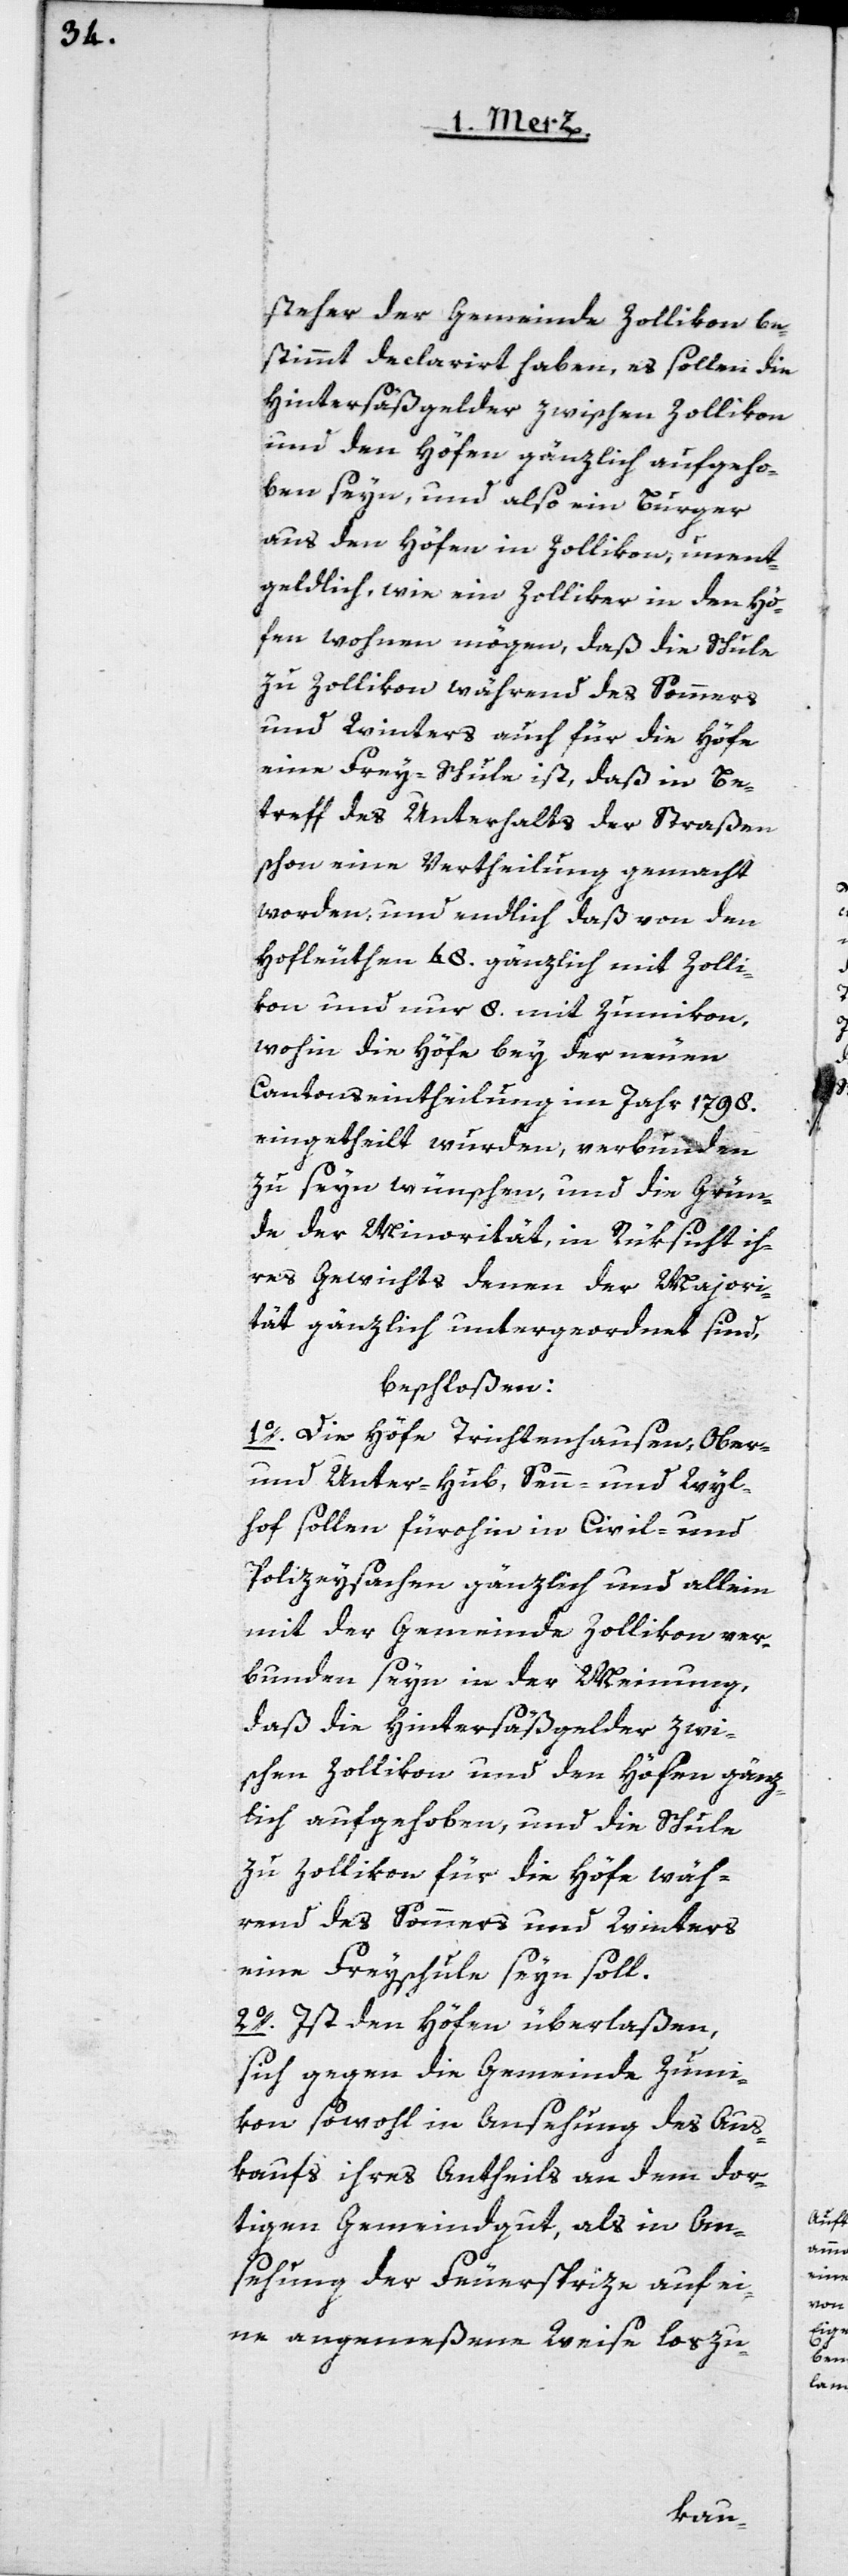
steher der Gemeinde Zollikon be¬
stimmt declarirt haben, es sollen die
Hintersäßgelder zwischen Zollikon
und den Höfen gänzlich aufgeho¬
ben seyn, und also ein Burger
aus den Höfen in Zollikon, unent¬
geldlich wie ein Zolliker in den Hö¬
fen wohnen mögen, daß die Schule
zu Zollikon während des Sommers
und Winters auch für die Höfe
eine Frey-Schule ist, daß in Be¬
treff des Unterhalts der Straßen
schon eine Vertheilung gemacht
worden, und endlich daß von den
Hofleuthen 48. gänzlich mit Zolli¬
kon und nur 8. mit Zumikon,
wohin die Höfe bey der neuen
Cantonseintheilung im Jahr 1798.
eingetheilt wurden, verbunden
zu seyn wünschen, und die Grün¬
de der Minorität, in Rüksicht ih¬
res Gewichts denen der Majori¬
tät gänzlich untergeordnet sind,
beschloßen:
1o. Die Höfe Trichtenhausen, Ober-
und Unter-Hub, Senn- und Wyl¬
hof sollen fürohin in Civil- und
Polizey-Sachen gänzlich und allein
mit der Gemeinde Zollikon ver¬
bunden seyn, in der Meinung,
dass die Hintersäßgelder zwi¬
schen Zollikon und den Höfen gänz¬
lich aufgehoben, und die Schule
zu Zollikon für die Höfe wäh¬
rend des Sommers und Winters
eine Freyschule seyn soll.
2o. Ist den Höfen überlaßen,
sich gegen die Gemeinde Zumi¬
kon sowohl in Ansehung des Aus¬
kaufs ihres Antheils an dem dor¬
tigen Gemeindgut, als in An¬
sehung der Feuersprize auf ei¬
ne angemeßene Weise loszu-